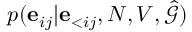
p ( \mathbf { e } _ { i j } | \mathbf { e } _ { < i j } , N , V , \hat { \mathcal { G } } )